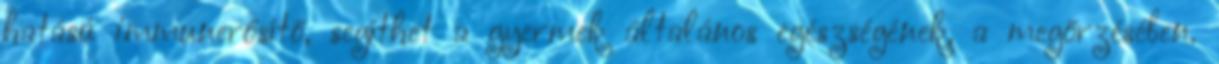
hatású immunerősítő, segíthet a gyermek általános egészségének, a megőrzésében.